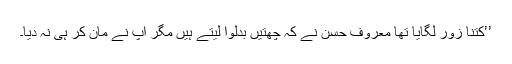
’’کتنا زور لگایا تھا معروف حسن نے کہ چھتیں بدلوا لیتے ہیں مگر آپ نے مان کر ہی نہ دیا۔